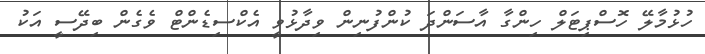
ހުޅުމާލޭ ހޮސްޕިޓަލް ހިންގާ އާސަންދަ ކުންފުނިން ވިދާޅުވީ އެކްސިޑެންޓް ވެގެން ބިދޭސީ އަކު